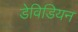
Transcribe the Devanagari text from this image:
डेविडियन